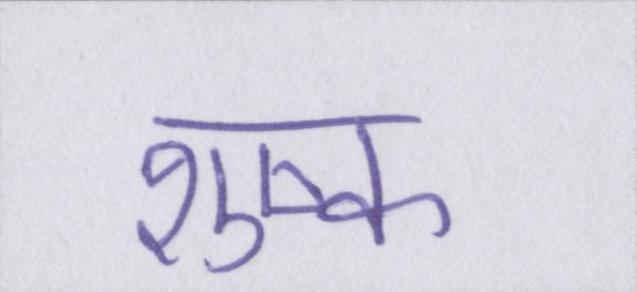
शुष्क